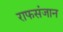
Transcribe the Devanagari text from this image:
राफसंजान